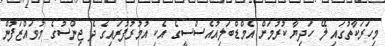
މިހަރަކާތުގައި ލޭ ހަދިޔާ ކުރުމަށް އެމްޑްބަލިއުއެސްސީގެ އެެކި އުމުރުފުރައިގެ ދެ ޖިންސުގެ މުވައްޒަފުން